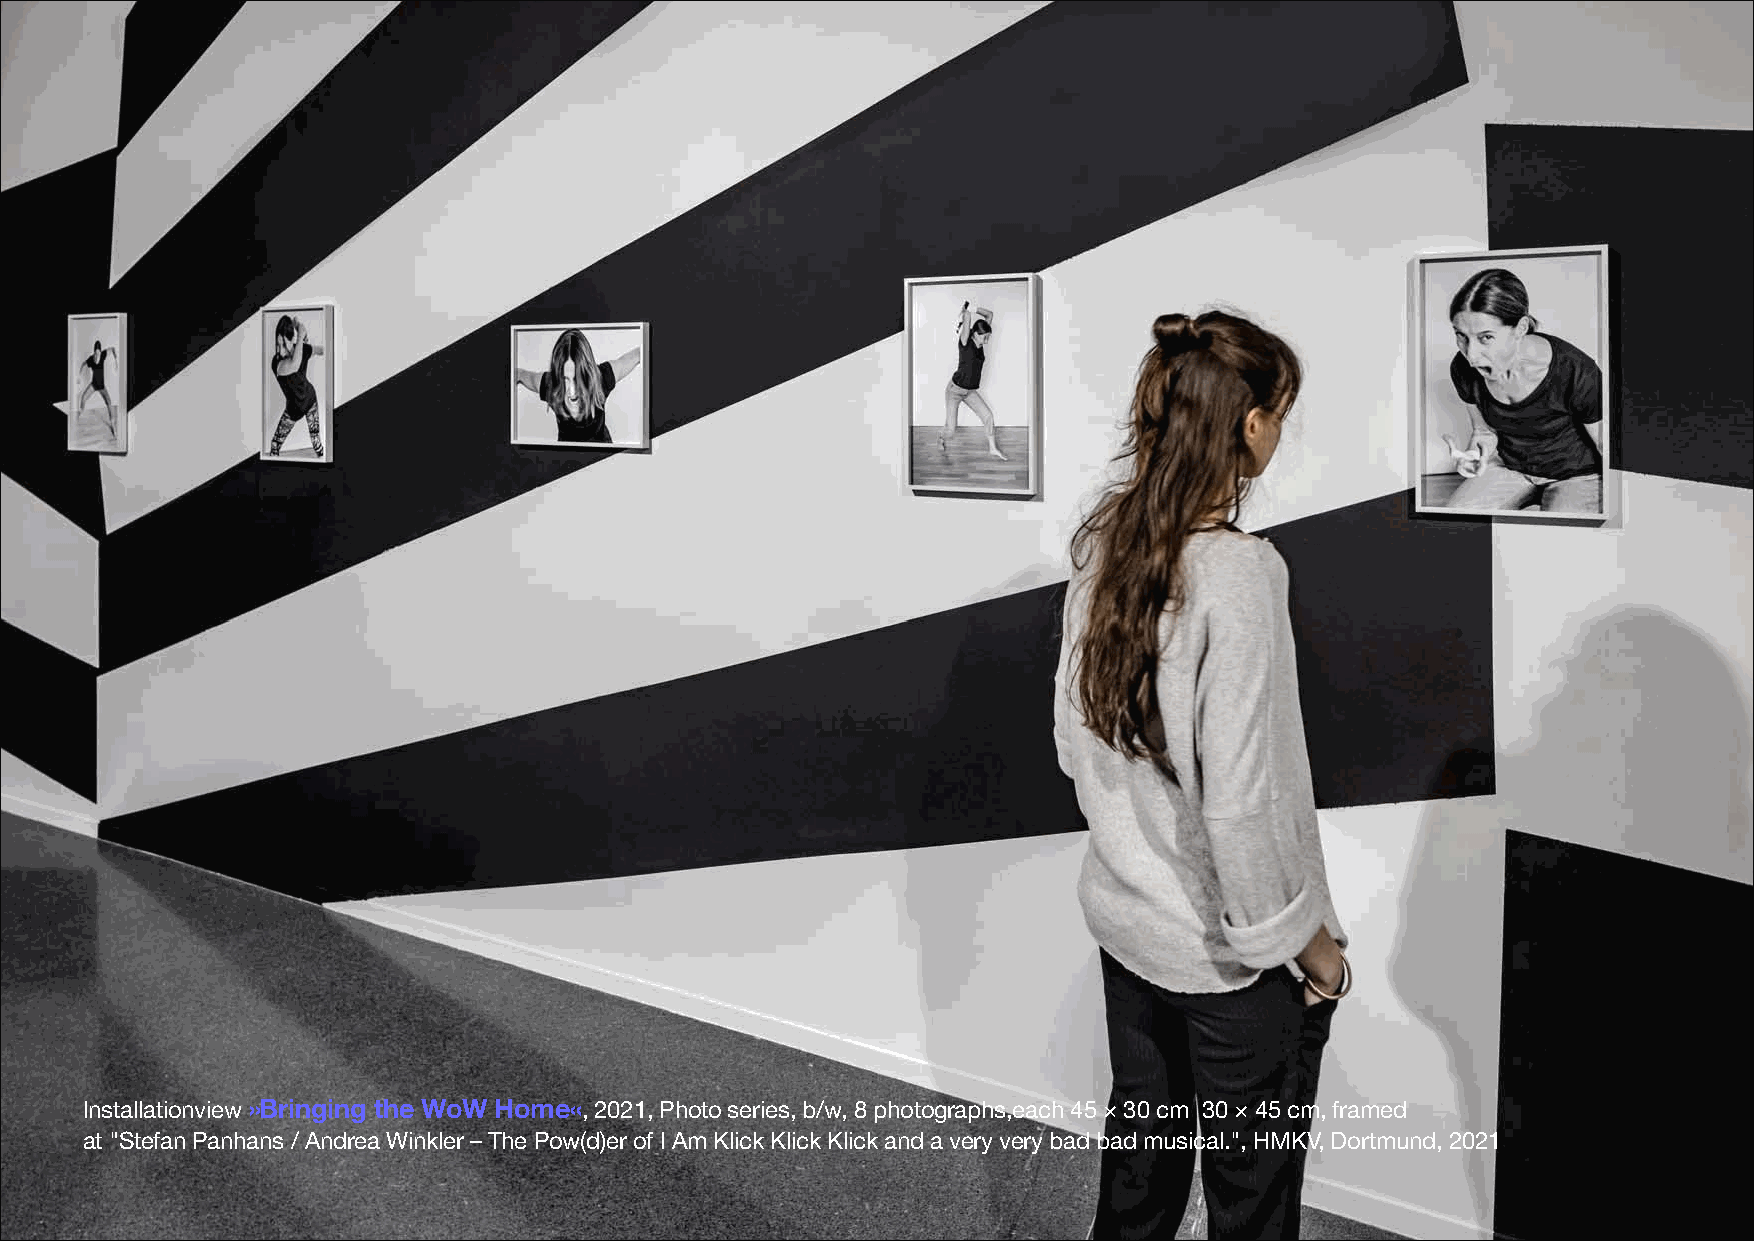
Installationview»Bringing the WoW Home«, 2021, Photo series, b/w, 8 photographs,each 45 × 30 cm 30 × 45 cm, framed
 at "Stefan Panhans / Andrea Winkler – The Pow(d)er of I Am Klick Klick Klick and a very very bad bad musical.", HMKV, Dortmund, 2021